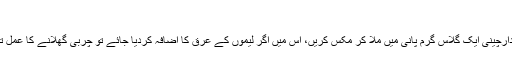
دار چینی اور شہد
ایک چمچ شہد اور آدھا چائے کا چمچ دارچینی ایک گلاس گرم پانی میں ملا کر مکس کریں، اس میں اگر لیموں کے عرق کا اضافہ کردیا جائے تو چربی گھلانے کا عمل تیز کرنے میں مزید مدد مل سکتی ہے۔